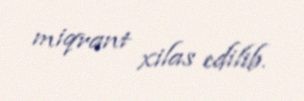
miqrant xilas edilib.